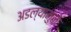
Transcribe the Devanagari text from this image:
अडल्यामुळे